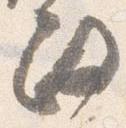
政